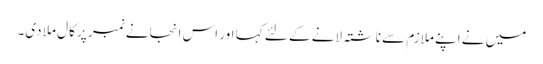
میں نے اپنے ملازم سے ناشتہ لانے کے لئے کہا اور اس انجانے نمبر پر کال ملا دی۔